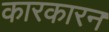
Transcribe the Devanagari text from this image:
कारकारन